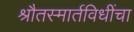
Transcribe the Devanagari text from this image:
श्रौतस्मार्तविधींचा